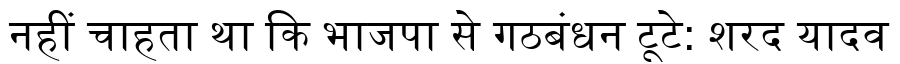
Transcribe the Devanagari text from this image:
नहीं चाहता था कि भाजपा से गठबंधन टूटे: शरद यादव